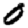
Digit: 0